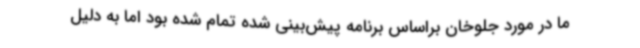
ما در مورد جلوخان براساس برنامه پیش‌بینی شده تمام شده بود اما به دلیل